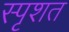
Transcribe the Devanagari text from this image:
स्पृशत